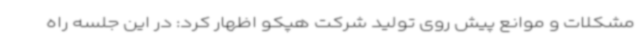
مشکلات و موانع پیش روی تولید شرکت هپکو اظهار کرد: در این جلسه راه